Vaccination in Bombay 1863-1868 - 1863-1868
Year: 1863
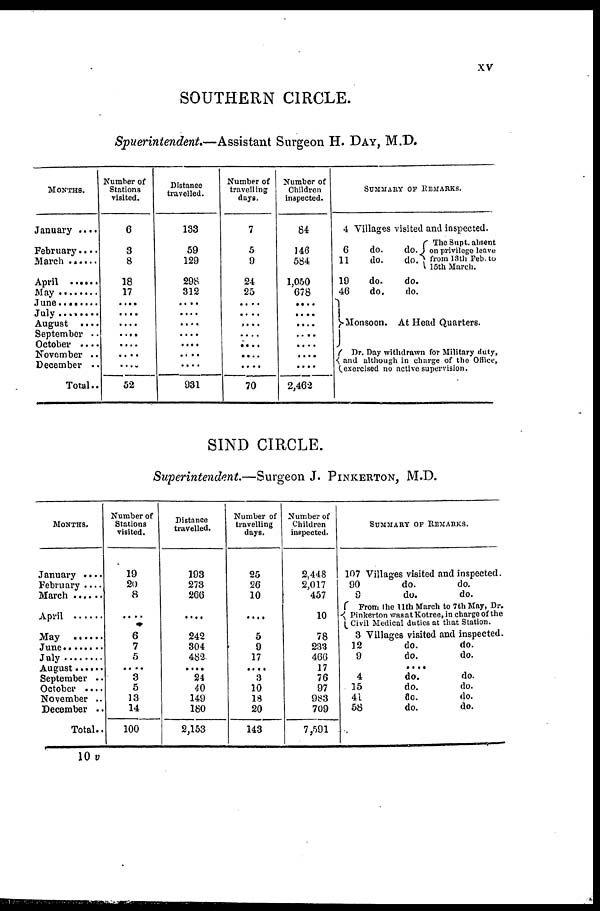
xv
SOUTHERN CIRCLE.
Spuerintendent.—Assistant Surgeon H. DAY, M.D.
MONTHS.
January . . . .
February . . . .
March . . . .
April . . . . .
May . . . . . .
June . . . . . .
July . . . . . .
August . . . .
September . .
October . . .
November . .
December . .
Total . .
Number of
Stations
visited.
6
3
8
18
17
....
....
....
....
....
....
....
52
Distance
travelled.
133
59
129
298
312
....
....
....
....
....
....
....
931
Number of
travelling
days.
7
5
9
24
25
....
....
....
....
....
....
....
70
Number of
Children
inspected.
84
146
584
1,050
678
....
....
....
....
....
....
....
2,462
SUMMARY OF REMARKS.
4 Villages visited and inspected.
6
11
19
46
do.
do.
do.
do.
do.
do.
The Supt. absent
on privilege leave
from 13th Feb. to
15th March.
do.
do.
Monsoon. At Head Quarters.
Dr. Day withdrawn for Military duty,
and although in charge of the Office,
exercised no active supervision.
SIND CIRCLE.
Superintendent.—Surgeon J. PINKERTON, M.D.
MONTHS.
January . . . .
February . . . .
March . . . . . .
April . . . . . .
May . . . . .
June . . . . .
July . . . . .
August . . .
September . .
October . . . .
November . .
December . .
Total..
Number of
Stations
visited.
19
20
8
....
6
7
5
3
5
13
14
100
Distance
travelled.
193
273
266
....
242
304
482
....
24
40
149
180
2,153
Number of
travelling
days.
25
26
10
....
5
9
17
....
3
10
18
20
143
Number of
Children
inspected.
2,448
2,017
457
10
78
233
466
17
76
97
983
709
7,591
SUMMARY OF REMARKS.
107 Villages visited and inspected.
90
9
do.
do.
do.
do.
From the 11th March to 7th May, Dr.
Pinkerton was at Kotree, in charge of the
Civil Medical duties at that Station.
3 Villages visited and inspected.
12
9
do.
do.
do.
do.
....
4
15
41
58
do.
do.
do.
do.
do.
do.
do.
do.
10 v